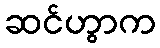
ဆင်ဟွာက